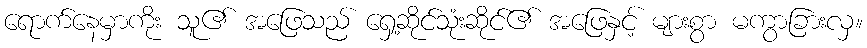
ရောက်နေမှာကိုး သူ၏ အဖြေသည် ရှေ့ဆိုင်သုံးဆိုင်၏ အဖြေနှင့် များစွာ မကွာခြားလှ။